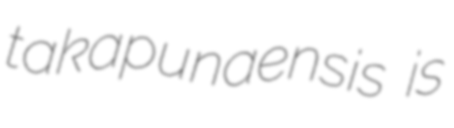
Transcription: takapunaensis is